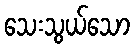
သေးသွယ်သော